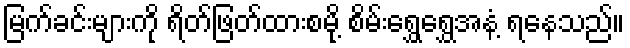
မြက်ခင်းများကို ရိတ်ဖြတ်ထားစမို့ စိမ်းရွှေရွှေအနံ့ ရနေသည်။